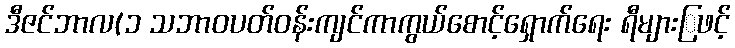
ဒီဇင်ဘာလ(၁ သဘာဝပတ်ဝန်းကျင်ကာကွယ်စောင့်ရှောက်ရေး ရီများြဖင့်